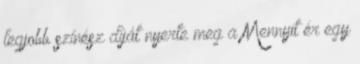
legjobb színész díját nyerte meg a Mennyit ér egy